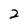
Character: 2